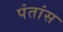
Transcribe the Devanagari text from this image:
पंतांस